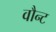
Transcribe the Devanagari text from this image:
वौन्ट